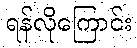
ရန်လိုကြောင်း